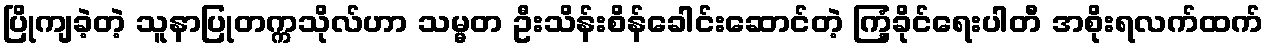
ပြိုကျခဲ့တဲ့ သူနာပြုတက္ကသိုလ်ဟာ သမ္မတ ဦးသိန်းစိန်ခေါင်းဆောင်တဲ့ ကြံ့ခိုင်ရေးပါတီ အစိုးရလက်ထက်